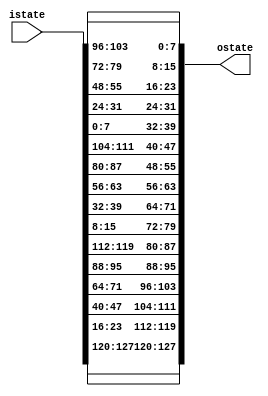
module InvShiftRows (
    input [0:127] istate,
    output [0:127] ostate
);

//reg [127:0] istate;
//wire [127:0] ostate;


//top most row r = 1 (1 indexed)
assign ostate[0+:8] = istate[0+:8];
assign ostate[32+:8] = istate[32+:8];
assign ostate[64+:8] = istate[64+:8];
assign ostate[96+:8] = istate[96+:8];


//row r = 2 (1 indexed)
assign ostate[8+:8] = istate[104+:8];
assign ostate[40+:8] = istate[8+:8];
assign ostate[72+:8] = istate[40+:8];
assign ostate[104+:8] = istate[72+:8];


//row r = 3 (1 indexed)
assign ostate[16+:8] = istate[80+:8];
assign ostate[48+:8] = istate[112+:8];
assign ostate[80+:8] = istate[16+:8];
assign ostate[112+:8] = istate[48+:8];

//bottom most row r = 4 (1 indexed)
assign ostate[24+:8] = istate[56+:8];
assign ostate[56+:8] = istate[88+:8];
assign ostate[88+:8] = istate[120+:8];
assign ostate[120+:8] = istate[24+:8];


endmodule